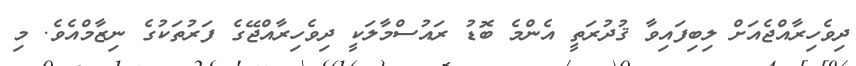
ދިވެހިރާއްޖެއަށް ލިބިފައިވާ ޤުދުރަތީ އެންމެ ބޮޑު ރައުސްމާލަކީ ދިވެހިރާއްޖޭގެ ފަރުތަކުގެ ނިޒާމްއެވެ. މި